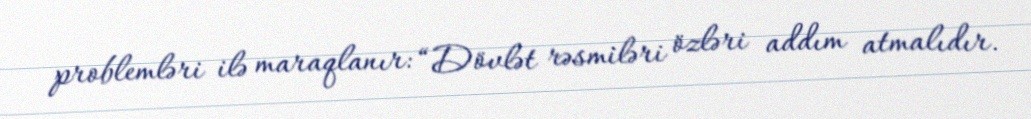
problemləri ilə maraqlanır: “Dövlət rəsmiləri özləri addım atmalıdır.